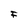
Character: F